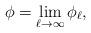
LaTeX: \begin{align*} \phi = \lim_{\ell \to \infty} \phi_{\ell},\end{align*}